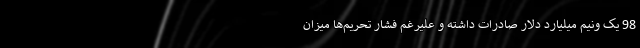
98 یک ونیم میلیارد دلار صادرات داشته و علیرغم فشار تحریم‌ها میزان